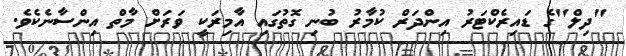
"ދިލް"ގެ ޑައިރެކްޓަރު އިންދަރް ކުމާރު ބުނި ގޮތުގައި އާމިރަކީ ވަރަށް މާތް އިންސާނެކެވެ.